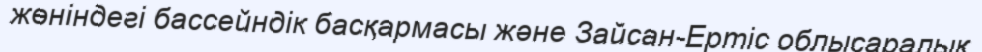
жөніндегі бассейндік басқармасы және Зайсан-Ертіс облысаралық